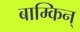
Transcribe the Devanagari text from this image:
बाम्किन्